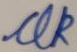
Text: UK